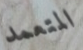
المتعمد